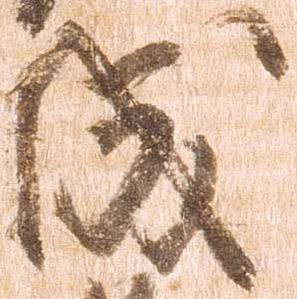
成